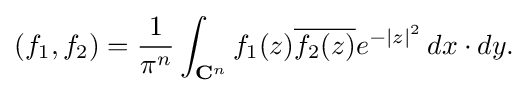
{(f_{1},f_{2})={1 \over \pi ^{n}}\int _{{\mathbf {C} }^{n}}f_{1}(z){\overline {f_{2}(z)}}e^{-|z|^{2}}\,dx\cdot dy.}